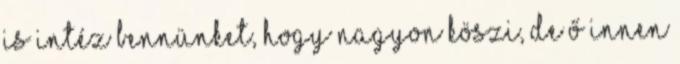
is intéz bennünket, hogy nagyon köszi, de ő innen